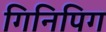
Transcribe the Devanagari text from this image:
गिनिपिग